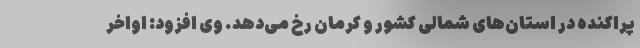
پراکنده در استان‌های شمالی کشور و کرمان رخ می‌دهد. وی افزود: اواخر